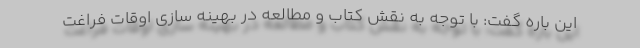
این باره گفت: با توجه به نقش کتاب و مطالعه در بهینه سازی اوقات فراغت